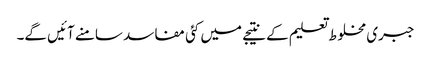
جبری مخلوط تعلیم کے نتیجے میں کئی مفاسد سامنے آئیں گے۔